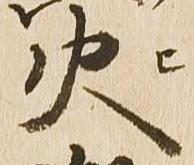
火